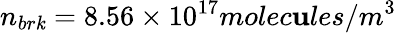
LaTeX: n_{br\mathit{k}}=8.56\times10^{17}molec\mathbf{u}les/m^{3}